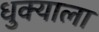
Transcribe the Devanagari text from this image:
धुक्‍याला